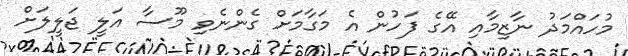
މުހައްމަދު ނާޒިމާއި އޭގެ ފަހުން އެ މަގާމަށް ގެންނެވި މޫސާ އަލީ ޖަލީލަށް